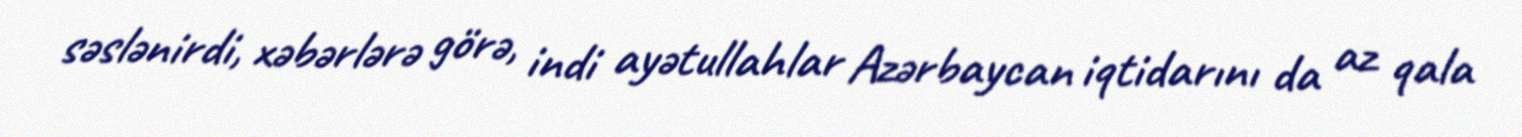
səslənirdi, xəbərlərə görə, indi ayətullahlar Azərbaycan iqtidarını da az qala